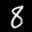
Label: 8